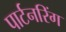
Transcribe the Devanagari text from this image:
पार्टनरिंग